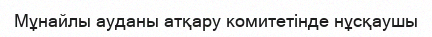
Мұнайлы ауданы атқару комитетінде нұсқаушы